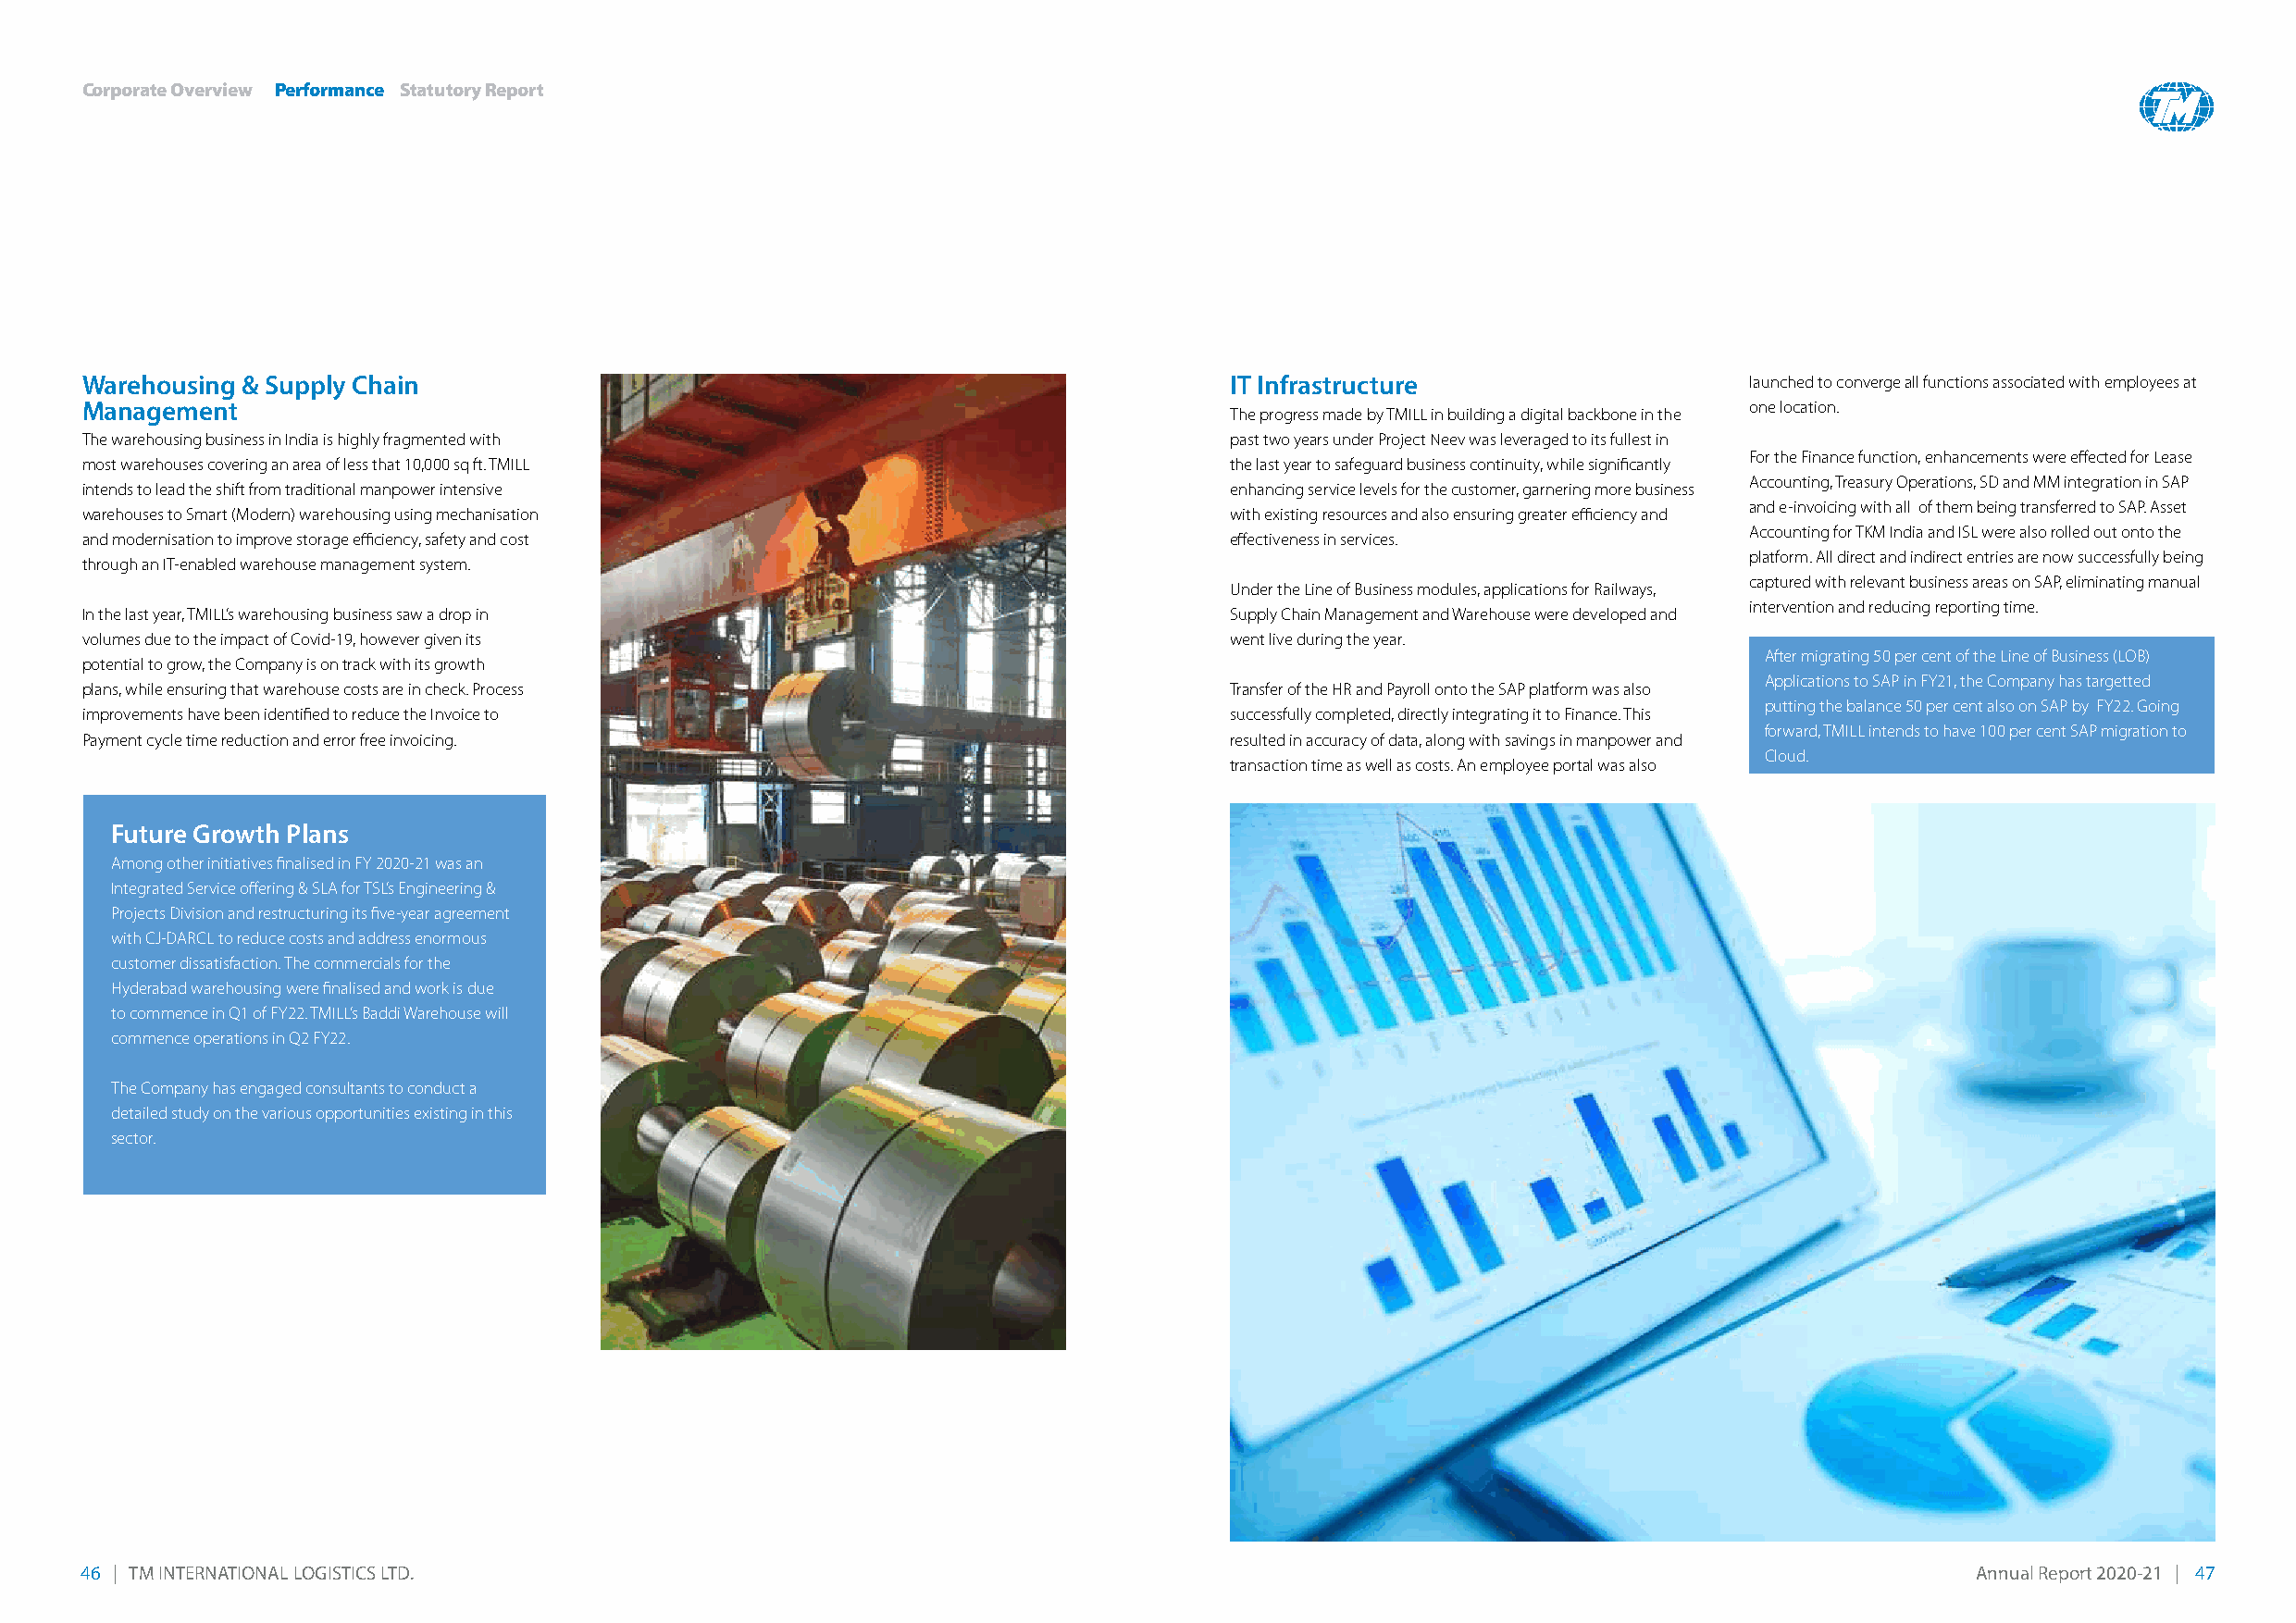
Corporate Overview Performance Statutory Report
 warehousing & Supply Chain                                                        IT Infrastructure                    launched to converge all functions associated with employees at
 Management                                                                                                             one location.
 The progress made by TMILL in building a digital backbone in the
 The warehousing business in india is highly fragmented with                       past two years under Project Neev was leveraged to its fullest in
 For the Finance function, enhancements were effected for Lease
 most warehouses covering an area of less that 10,000 sq ft. TMiLL                 the last year to safeguard business continuity, while significantly
 Accounting, Treasury operations, SD and MM integration in SAP
 intends to lead the shift from traditional manpower intensive                     enhancing service levels for the customer, garnering more business
 and e-invoicing with all of them being transferred to SAP. Asset
 warehouses to Smart (Modern) warehousing using mechanisation                      with existing resources and also ensuring greater efficiency and
 Accounting for TkM india and iSL were also rolled out onto the
 and modernisation to improve storage efficiency, safety and cost                  effectiveness in services.
 platform. All direct and indirect entries are now successfully being
 through an iT-enabled warehouse management system.
 captured with relevant business areas on SAP, eliminating manual
 Under the Line of Business modules, applications for railways,
 intervention and reducing reporting time.
 in the last year, TMiLL’s warehousing business saw a drop in                      Supply Chain Management and warehouse were developed and
 volumes due to the impact of Covid-19, however given its                          went live during the year.
 After migrating 50 per cent of the Line of Business (LoB)
 potential to grow, the Company is on track with its growth
 Applications to SAP in Fy21, the Company has targetted
 plans, while ensuring that warehouse costs are in check. Process                  Transfer of the Hr and Payroll onto the SAP platform was also
 putting the balance 50 per cent also on SAP by Fy22. Going
 improvements have been identified to reduce the invoice to                        successfully completed, directly integrating it to Finance. This
 forward, TMiLL intends to have 100 per cent SAP migration to
 Payment cycle time reduction and error free invoicing.                            resulted in accuracy of data, along with savings in manpower and
 Cloud.
 transaction time as well as costs. An employee portal was also
 Future Growth plans
 Among other initiatives finalised in Fy 2020-21 was an
 integrated Service offering & SLA for TSL’s engineering &
 Projects Division and restructuring its five-year agreement
 with CJ-DArCL to reduce costs and address enormous
 customer dissatisfaction. The commercials for the
 Hyderabad warehousing were finalised and work is due
 to commence in Q1 of Fy22. TMiLL’s Baddi warehouse will
 commence operations in Q2 Fy22.
 The Company has engaged consultants to conduct a
 detailed study on the various opportunities existing in this
 sector.
 46 | TM INTERNATIONAL LOGISTICS LTD.                                                                                                   Annual Report 2020-21 | 47